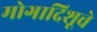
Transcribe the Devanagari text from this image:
मोगादिशूचे